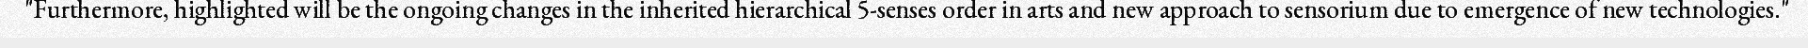
"Furthermore, highlighted will be the ongoing changes in the inherited hierarchical 5-senses order in arts and new approach to sensorium due to emergence of new technologies."